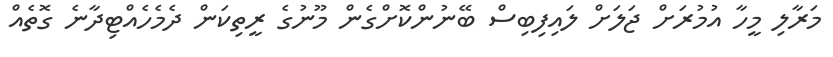
މަރާލި މީހާ އުމުރަށް ޖަލަށް ލައިފިބިސް ބޭނުންކޮށްގެން މޫނުގެ ރީތިކަން ދެމެހެއްޓިދާނެ ގޮތެއް